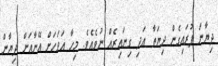
ދިޔާން ފުރައިގެން ދިޔަތާ އަދި ގިނައިރެއް ނުވެއެވެ. މިހާ އަވަހަށް އޭނާއަށް ދިޔާން